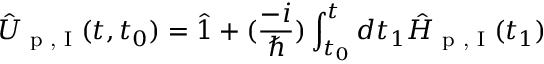
\hat { U } _ { \textrm { p , I } } ( t , t _ { 0 } ) = \hat { 1 } + ( \frac { - i } { \hbar } ) \int _ { t _ { 0 } } ^ { t } d t _ { 1 } \hat { H } _ { \textrm { p , I } } ( t _ { 1 } )